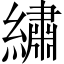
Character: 繡